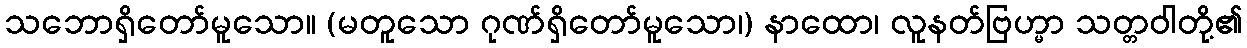
သဘောရှိတော်မူသော။ (မတူသော ဂုဏ်ရှိတော်မူသော၊) နာထော၊ လူနတ်ဗြဟ္မာ သတ္တဝါတို့၏